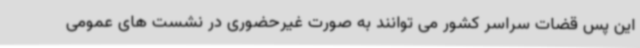
این پس قضات سراسر کشور می توانند به صورت غیرحضوری در نشست های عمومی